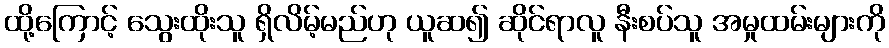
ထို့ကြောင့် သွေးထိုးသူ ရှိလိမ့်မည်ဟု ယူဆ၍ ဆိုင်ရာလူ နီးစပ်သူ အမှုထမ်းများကို